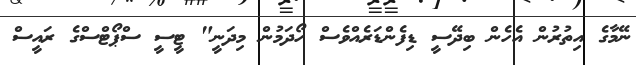
ނޭމާގެ އިތުރުން އެހެން ބިދޭސީ ޑިފެންޑަރެއްވެސް ހޯދަމުން މިދަނީ" ޓީސީ ސްޕޯޓްސްގެ ރައީސް